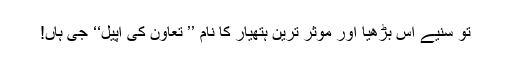
تو سنیے اس بڑھیا اور موثر ترین ہتھیار کا نام ’’ تعاون کی اپیل‘‘ جی ہاں!